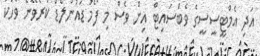
އަދި އެމްޓީސީސީގެ ވެބްސައިޓް އިން ވެސް މި ފޯމު ޑައުންލޯޑް ކުރެވޭނެ ވާހަކަ